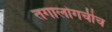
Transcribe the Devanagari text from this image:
तगालोगचीच